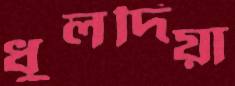
ধুলদিয়া